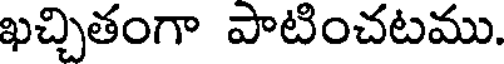
ఖచ్చితంగా పాటించటము.